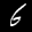
Label: 6